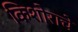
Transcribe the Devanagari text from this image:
किशोराचे